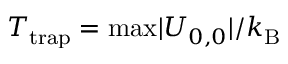
T _ { \mathrm { t r a p } } = \mathrm { m a x } | U _ { 0 , 0 } | / k _ { \mathrm { B } }